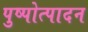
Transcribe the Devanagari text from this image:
पुष्पोत्पादन